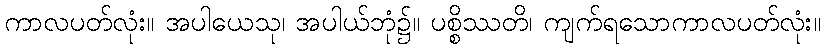
ကာလပတ်လုံး။ အပါယေသု၊ အပါယ်ဘုံ၌။ ပစ္စိဿတိ၊ ကျက်ရသောကာလပတ်လုံး။